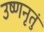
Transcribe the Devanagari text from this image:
उष्णनृतुं